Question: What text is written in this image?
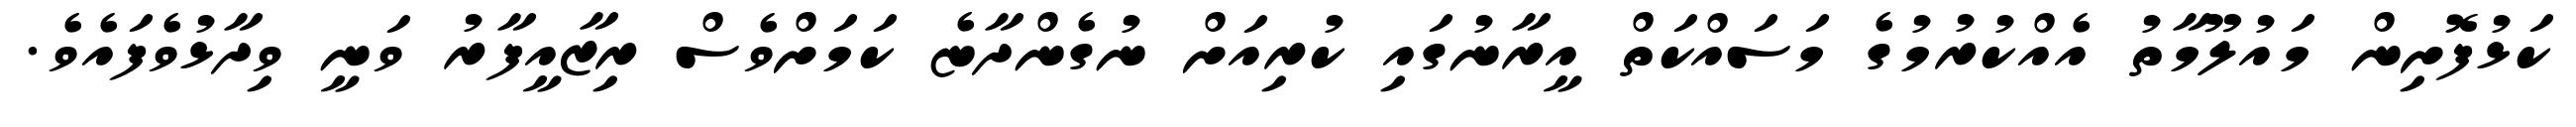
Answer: ކަޅުފޮށިން މައުލޫމާތު އެއްކުރުމުގެ މަސައްކަތް އީރާނުގައި ކުރިއަށް ނުގެންދާޏެ ކަމަށްވެސް ރިޒާއީފާރު ވަނީ ވިދާޅުވެފައެވެ.